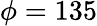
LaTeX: \phi=135